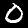
Digit: 0